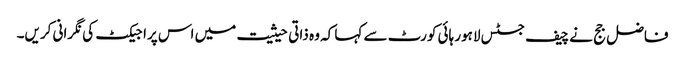
فاضل جج نے چیف جسٹس لاہور ہائی کورٹ سے کہا کہ وہ ذاتی حیثیت میں اس پراجیکٹ کی نگرانی کریں۔